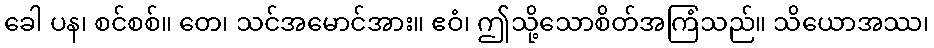
ခေါ ပန၊ စင်စစ်။ တေ၊ သင်အမောင်အား။ ဧဝံ၊ ဤသို့သောစိတ်အကြံသည်။ သိယောအဿ၊